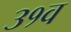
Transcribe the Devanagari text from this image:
३१व